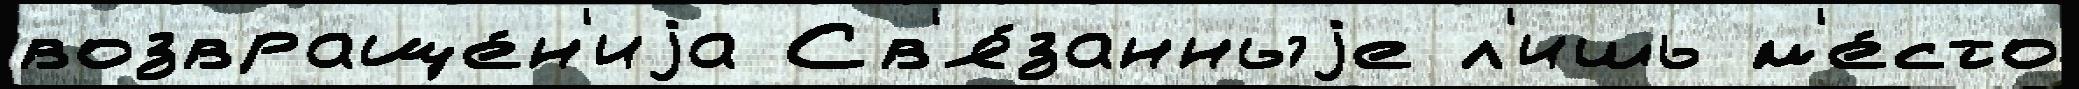
возвраще́н'иjа Св'я́занныjе л'ишь м'е́сто